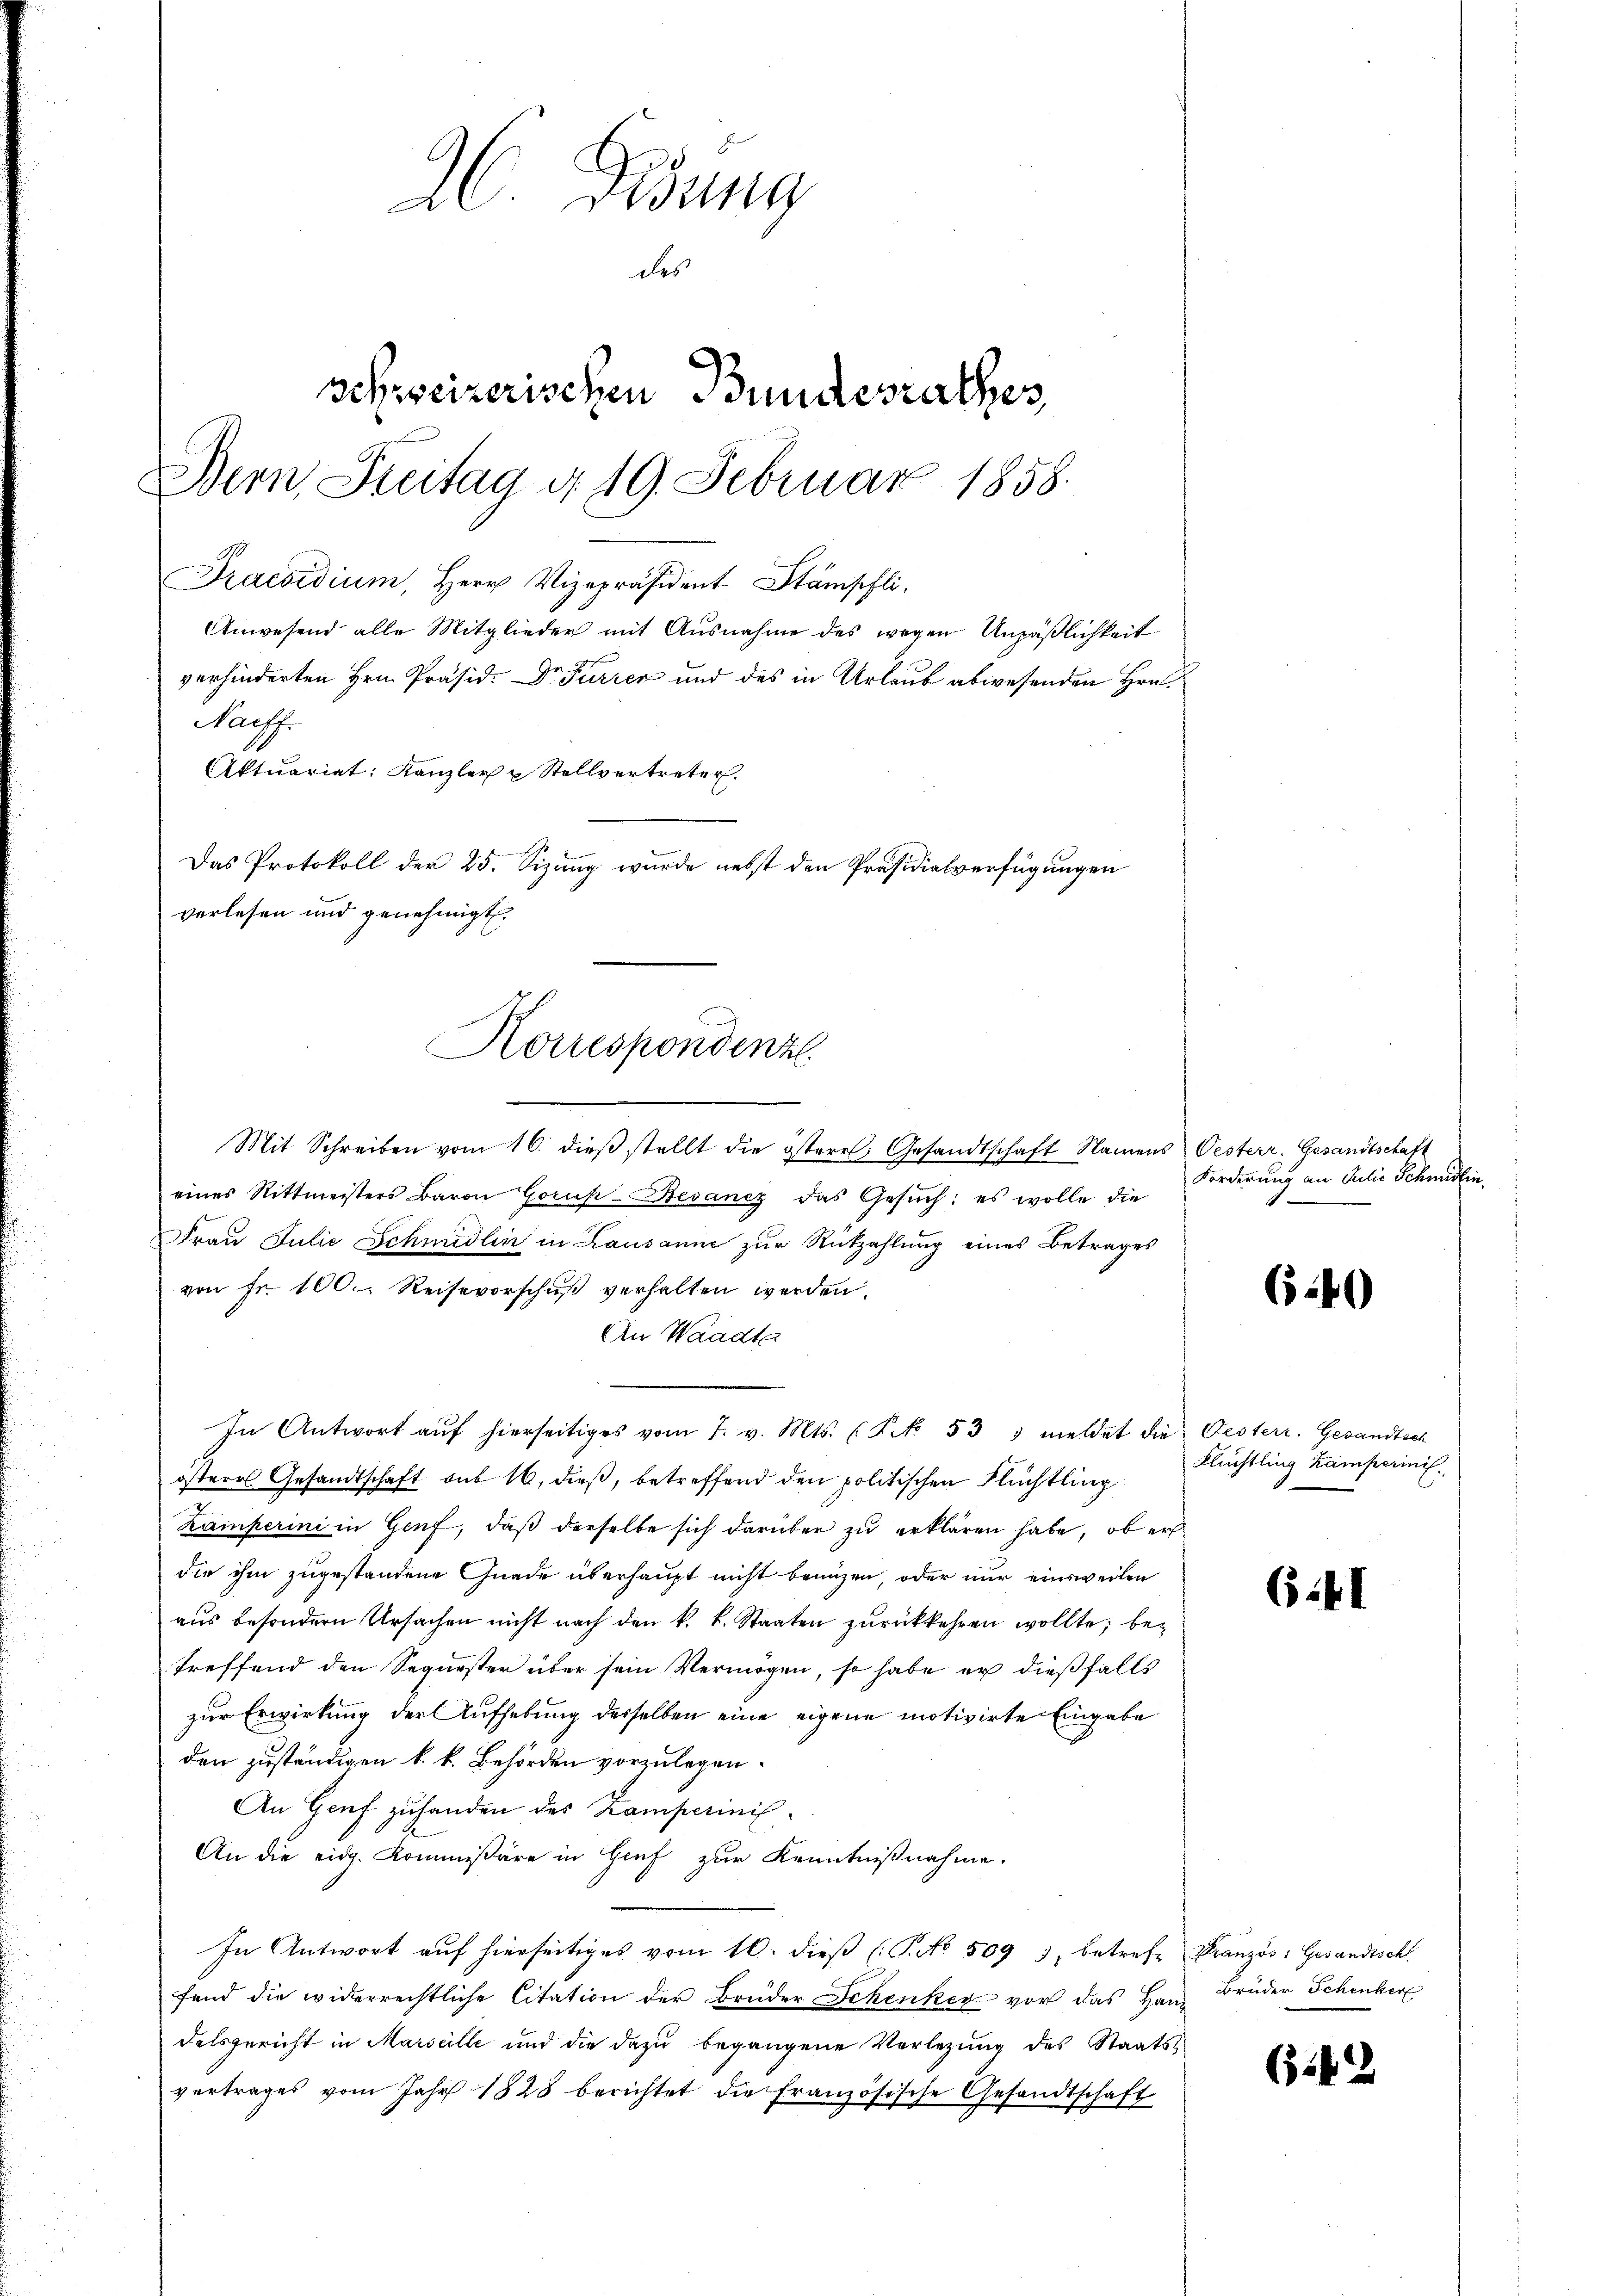
26 Dedung
des
schweizerischen Bundesrathes,
Bern Freitag d. 19. Februar 1858.
Praesidium, Herr Vizepräsident Stämpfli
Anwesend alle Mitglieder mit Ausnahme des wegen Unpäßlichkeit
verhinderten Hrn. Präsid. Dr Furren und des in Urlaub abwesenden Hrn
auff
Aktuariat: Kanzler u Stellvertreter.
Das Protokoll der 25. Sizung wurde nebst den Präsidialverfügungen
verlesen und genehmigt.

Mit Schreiben vom 16. dieβ stellt die österr. Gesandtschaft Namens Oesterr. Gesandtschaft
eines Rittmeisters Baron Gorup-Besanez das Gesŭch: es wolle die
Frau Julie Schmidlin in Lausanne zur Rückzahlung eines Betrages
von Fr. 100.- Reisevorschuß verhalten werden.
An Waadt
In Antwort aŭf hierseitiges vom 7. v. Mts. (P NNo. 533 meldet die Oesterr. Gesandtsch
österes Gesandtschaft auf 16. dieß, betreffend den politischen Flüchtling
zamperini in Genf, daß derselbe sich darüber zu erklären habe, ob er
die ihm zugestandene Gnade überhaupt nicht benuzen, oder nur einsweilen
aus besondern Ursachen nicht nach den k. k. Staaten zurückkehren wollte; betreffend den Sequester über sein Vermögen, so habe er dießfalls
zur Erwirkung der Aufhebung desselben eine eigene motivirte Eingabe
den zuständigen k. k. Behörden vorzulegen.
An Genf zuhanden des Kamperinis
An die eidg. Kommissäre in Hief zur Kenntnißnahme.
In Antwort auf hierseitiges vom 10. dieβ (P.No 509 3, betrefe Französ. Gesandtschl
fend die widerrechtliche Citation der Brüder Schenker vor das Haup
delsgericht in Marseille und die dazu begangene Verletzung des Staatsvertrages vom Jahr 1828 berichtet die französische Gesandtschaft

Korrespondenz

Forderung an Julio Schmidlin.

640

Flüchtling Kamperini.

6: I

Brüder Schenker

(142